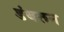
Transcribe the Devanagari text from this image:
डंबरून